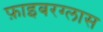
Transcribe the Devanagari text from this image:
फ़ाइबरग्लास